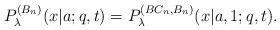
LaTeX: \begin{align*}P^{(B_n)}_\lambda(x|a;q,t)=P^{(BC_n,B_n)}_\lambda(x|a,1;q,t).\end{align*}